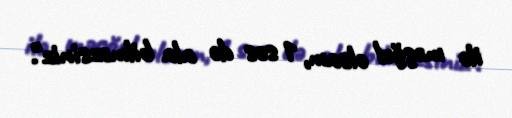
ilə məşğul olsam, 1 səs də ala bilməzsiniz".